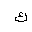
Letter: _kaf